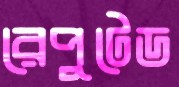
রেপুটেড